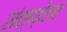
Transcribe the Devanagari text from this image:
संस्‍थ्‍ोला